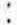
: